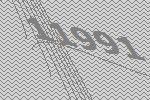
11991